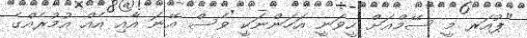
"ޕުއަރ މީ ސޭމްއަށް ހީވަނީ އަހަންނަކީ ވެސް އޭނަ އާއި އެއް އުމުރެއްގެ